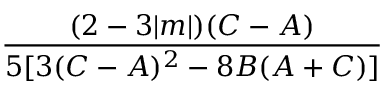
\frac { ( 2 - 3 | m | ) ( C - A ) } { 5 [ 3 ( C - A ) ^ { 2 } - 8 B ( A + C ) ] }